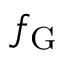
f _ { \mathrm { G } }